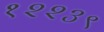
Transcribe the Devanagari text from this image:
१२२३९